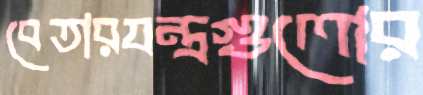
বেতারযন্ত্রগুলোর